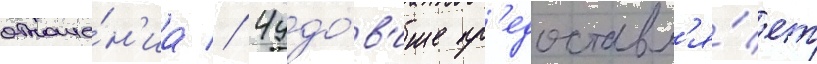
отноше́н'иа // Чудо́в'ище пр'едоставл'я́ет